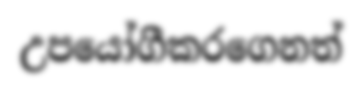
උපයෝගීකරගෙනත්